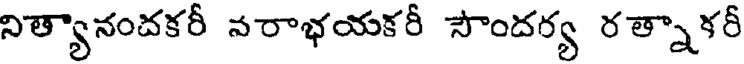
నిత్యానందకరీ నరాభయకరీ సౌందర్య రత్నాకరీ